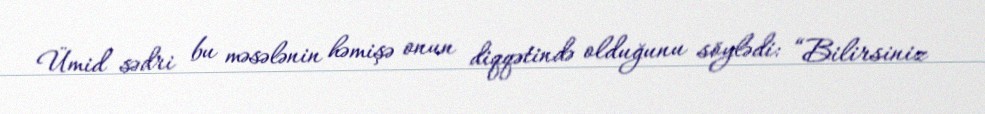
Ümid sədri bu məsələnin həmişə onun diqqətində olduğunu söylədi: “Bilirsiniz